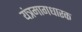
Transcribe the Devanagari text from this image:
यंत्रमागधारक